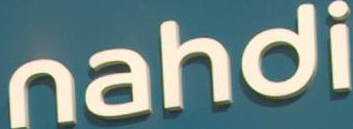
nahdi